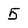
Character: 5